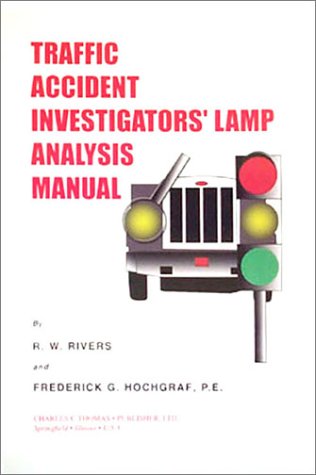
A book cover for Traffic Accident Investigators' Lamp Analysis Manual; R. W. Rivers; Law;